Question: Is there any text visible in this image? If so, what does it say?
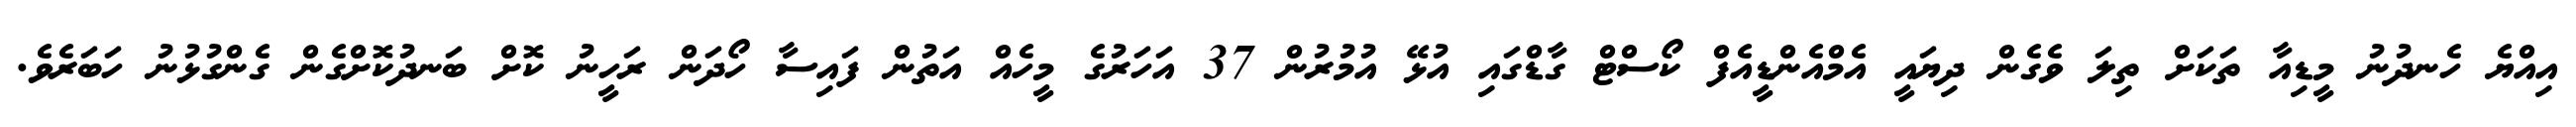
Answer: އިއްޔެ ހެނދުނު މީޑިއާ ތަކަށް ތިލަ ވެގެން ދިޔައީ އެމްއެންޑީއެފް ކޯސްޓް ގާޑްގައި އުޅޭ އުމުރުން 37 އަހަރުގެ މީހެއް އަތުން ފައިސާ ހޯދަން ރަހީނު ކޮށް ބަނދުކޮށްގެން ގެންގުޅުނު ހަބަރެވެ.